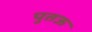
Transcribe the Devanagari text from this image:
पुतऊ